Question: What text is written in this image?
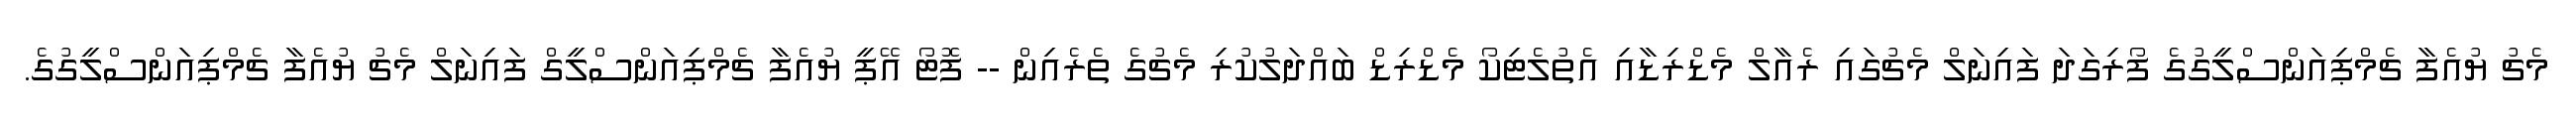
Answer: މެޗު ޔުއެފާ ޗެމްޕިއަންސްލީގުގެ ފޯރިގަދަ ފައިނަލް މެޗުގައި ރެއާލް މެޑްރިޑާއި އެތުލެޓިކޯ މެޑްރިޑް ބައްދަލުކުރި މެޗުގެ ތެރެއިން -- ފޮޓޯ އޭޕީ ޔުއެފާ ޗެމްޕިއަންސްލީގް ފައިނަލް މެޗު ޔުއެފާ ޗެމްޕިއަންސްލީގުގެ.